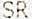
SR